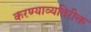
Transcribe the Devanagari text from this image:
करण्याव्यतिरीक्त